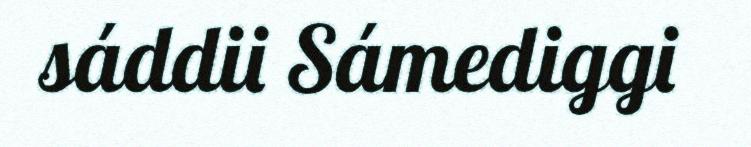
sáddii Sámediggi